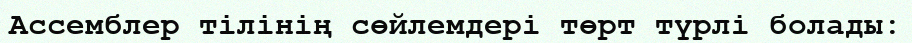
Ассемблер тілінің сөйлемдері төрт түрлі болады: